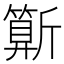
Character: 𣃍